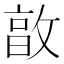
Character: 㪟